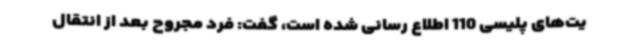
یت‌های پلیسی 110 اطلاع رسانی شده است، گفت: فرد مجروح بعد از انتقال